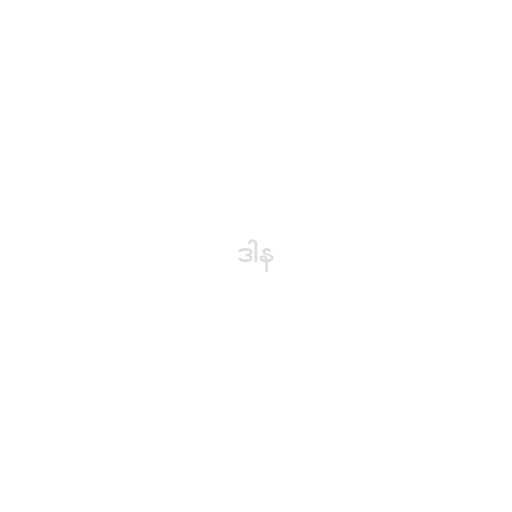
ဒါန